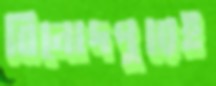
বিনোদপুরেই